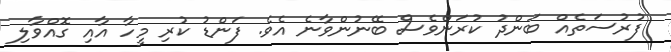
ފުރުސަތެއް ބަންދު ކުރަންވެސް ބޭނުންވާނެ އެވެ. ފަންޑު ކުރި މީހާ އާއި ގޮއްވާލި